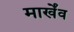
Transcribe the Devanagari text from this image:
मार्खेंव